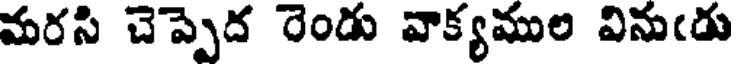
మరసి చెప్పెద రెండు వాక్యముల వినుఁడు